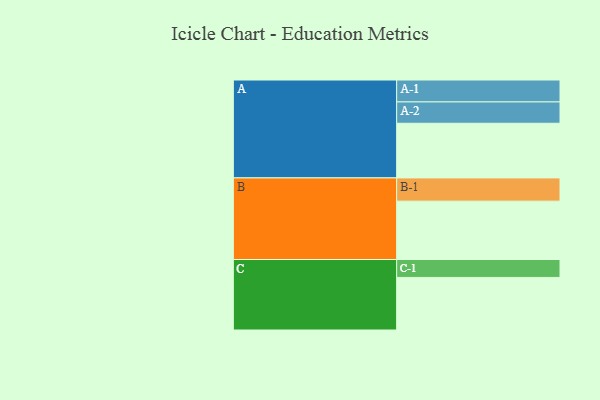
{"axis": {"x": "Segment", "y": "Value"}, "legend": ["", "A", "B", "C"], "data": [{"x": "A", "y": 546, "type": ""}, {"x": "B", "y": 583, "type": ""}, {"x": "C", "y": 525, "type": ""}, {"x": "A-1", "y": 219, "type": "A"}, {"x": "A-2", "y": 213, "type": "A"}, {"x": "B-1", "y": 232, "type": "B"}, {"x": "C-1", "y": 179, "type": "C"}]}